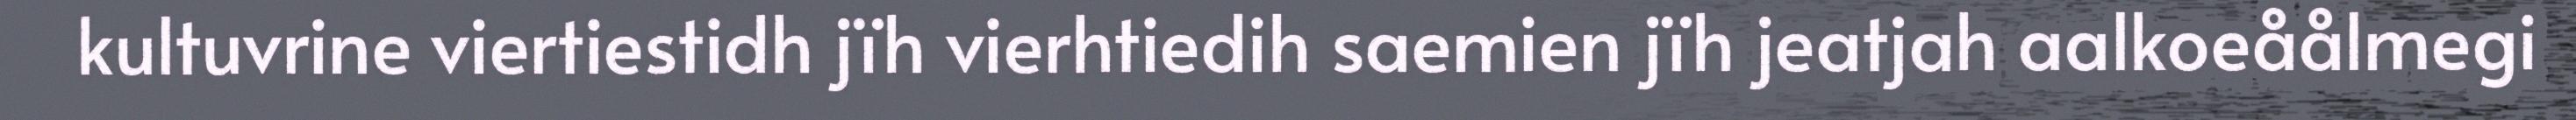
kultuvrine viertiestidh jïh vierhtiedih saemien jïh jeatjah aalkoeåålmegi